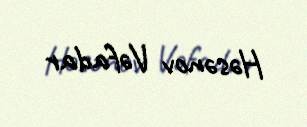
Həsənov Vəfadar